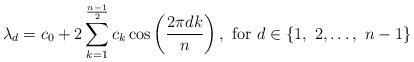
LaTeX: \begin{align*} \lambda_d = c_0+2\sum_{k=1}^{\frac{n-1}{2}}c_{k} \cos\left(\frac{2\pi d k}{n}\right),\textrm{ for } d\in\left\{1,\ 2,\ldots,\ n-1\right\}\end{align*}